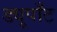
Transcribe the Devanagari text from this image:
ड्यूपाँट